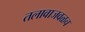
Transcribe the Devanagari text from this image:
तलावाजवळच